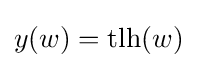
y(w)={\text{tlh}}(w)